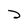
Character: D